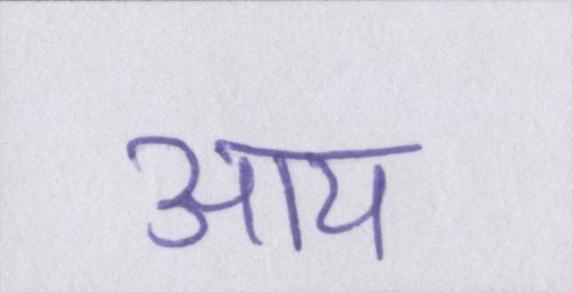
आय